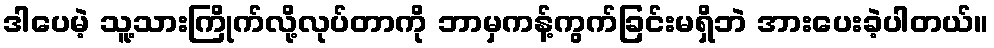
ဒါပေမဲ့ သူ့သားကြိုက်လို့လုပ်တာကို ဘာမှကန့်ကွက်ခြင်းမရှိဘဲ အားပေးခဲ့ပါတယ်။